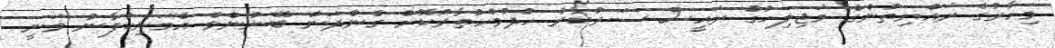
މިހާރުގެ ރައްޔިތުންގެ މަޖިލިހުގެ ރައީސް ސަރުކާރު ހުދުމުހުތާރުކޮށް ގެންދަން ބޭނުންވެ އެމަނިކުފާނު ވަނީ